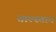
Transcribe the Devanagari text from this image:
ताल्स्ताय